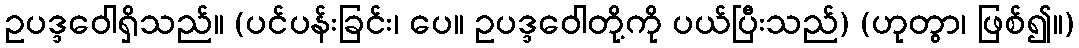
ဥပဒ္ဒဝေါရှိသည်။ (ပင်ပန်းခြင်း၊ ပေ။ ဥပဒ္ဒဝေါတို့ကို ပယ်ပြီးသည်) (ဟုတွာ၊ ဖြစ်၍။)